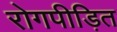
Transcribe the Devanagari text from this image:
रोगपीड़ित